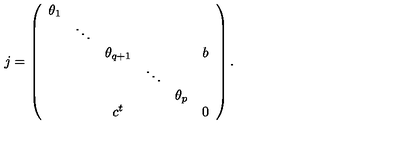
j = \left( \begin{array} { c c c c c c } { \theta _ { 1 } } & { } & { } & { } & { } & { } \\ { } & { \ddots } & { } & { } & { } & { } \\ { } & { } & { \theta _ { q + 1 } } & { } & { } & { b } \\ { } & { } & { } & { \ddots } & { } & { } \\ { } & { } & { } & { } & { \theta _ { p } } & { } \\ { } & { } & { c ^ { t } } & { } & { } & { 0 } \\ \end{array} \right) .